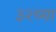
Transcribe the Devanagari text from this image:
३२च्या